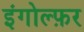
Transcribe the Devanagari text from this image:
इंगोल्फ़र